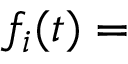
f _ { i } ( t ) =